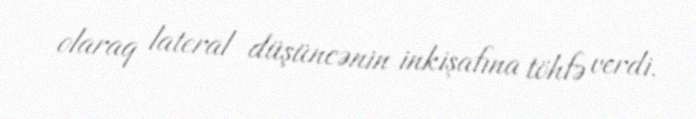
olaraq lateral düşüncənin inkişafına töhfə verdi.